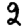
Digit: 2